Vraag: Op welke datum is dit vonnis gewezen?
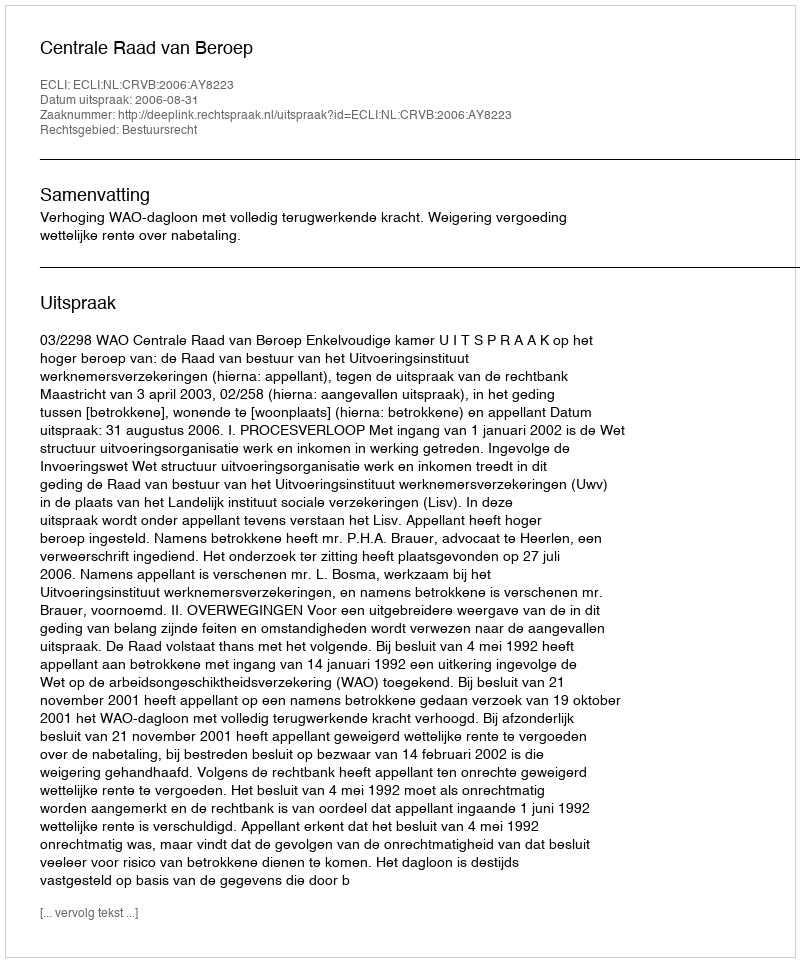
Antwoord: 2006-08-31